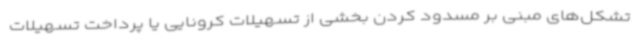
تشکل‌های مبنی بر مسدود کردن بخشی از تسهیلات کرونایی یا پرداخت تسهیلات